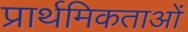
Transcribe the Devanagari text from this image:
प्रार्थमिकताओं